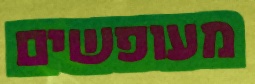
מעופשים